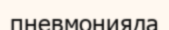
пневмонияда